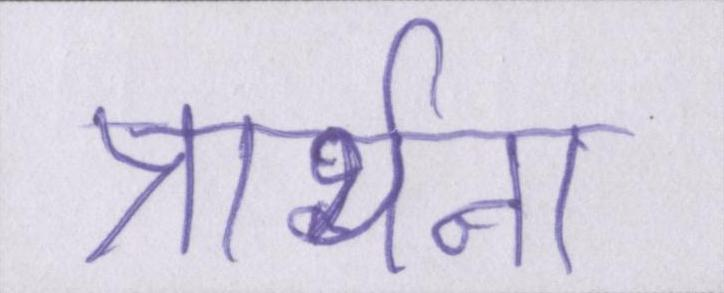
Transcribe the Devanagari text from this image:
प्रार्थना